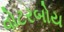
વોટરબોય